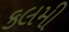
કલમી